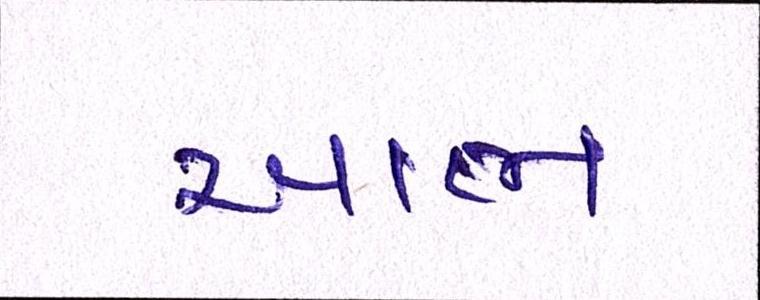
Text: આભ